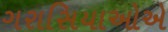
ગરાસિયાઓએ